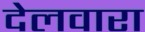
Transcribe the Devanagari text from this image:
देलवारा